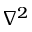
\nabla ^ { 2 }